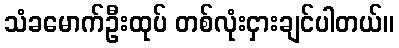
သံခမောက်ဦးထုပ် တစ်လုံးငှားချင်ပါတယ်။